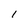
Character: I